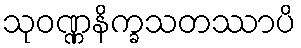
သုဝဏ္ဏနိက္ခသတဿာပိ